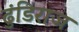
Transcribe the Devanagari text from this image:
ढुंडिराज